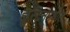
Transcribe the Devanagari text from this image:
ह्युस्टनमधील